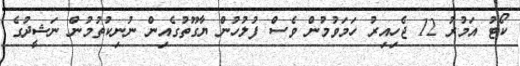
ކޯޓު އަމުރު 12 ޖެހިިއިރު ހަމަވުމުން ވެސް ފުލުހުން ޔާގޫތުގެއިން ނުނިކުތުމުން ނަޝީދުގެ